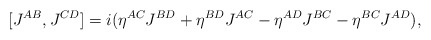
\begin{align*}[J^{AB},J^{CD}]=i(\eta^{AC}J^{BD}+\eta^{BD}J^{AC}-\eta^{AD}J^{BC}-\eta^{BC}J^{AD}),\end{align*}